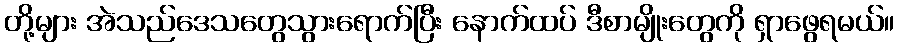
တို့များ အဲသည်ဒေသတွေသွားရောက်ပြီး နောက်ထပ် ဒီစာမျိုးတွေကို ရှာဖွေရမယ်။